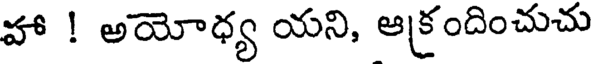
హా ! అయోధ్య యని, ఆక్రందించుచు